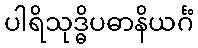
ပါရိသုဒ္ဓိပဓာနိယင်္ဂံ